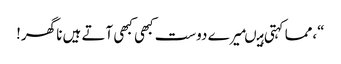
“،مما کہتی ہیںمیرے دوست کبھی کبھی آتے ہیں نا گھر!